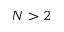
N > 2